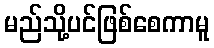
မည်သို့ပင်ဖြစ်စေကာမူ